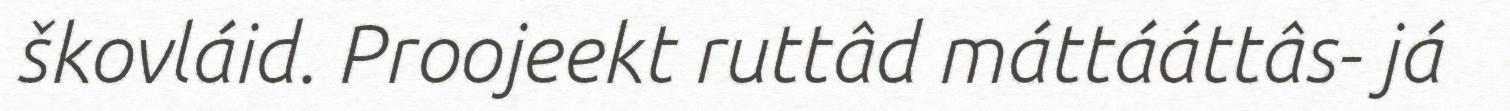
škovláid. Proojeekt ruttâd máttááttâs- já